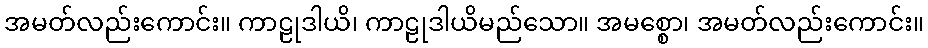
အမတ်လည်းကောင်း။ ကာဠုဒါယိ၊ ကာဠုဒါယိမည်သော။ အမစ္စော၊ အမတ်လည်းကောင်း။